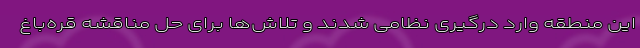
این منطقه وارد درگیری نظامی شدند و تلاش‌ها برای حل مناقشه قره‌باغ